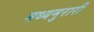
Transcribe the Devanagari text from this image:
मध्यमुरारी